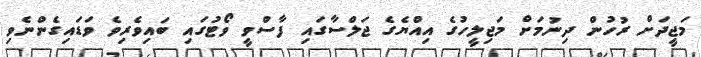
މަޖީދަށް ރުހުން ދިނުމަށް މަޖިލީހުގެ އިއްޔެގެ ޖަލްސާގައި ފާސްވީ ވޯޓުގައި ބައިވެރިވެ ވަޑައިގެންނެވި